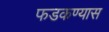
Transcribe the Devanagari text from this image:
फडकण्यास